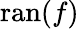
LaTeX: \operatorname{ran}(f)